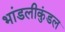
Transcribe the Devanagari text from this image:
भांडलीकुंडल